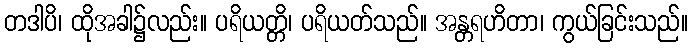
တဒါပိ၊ ထိုအခါ၌လည်း။ ပရိယတ္တိ၊ ပရိယတ်သည်။ အန္တရဟိတာ၊ ကွယ်ခြင်းသည်။